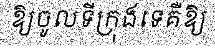
ឱ្យចូលទីក្រុងទេគឺឱ្យ